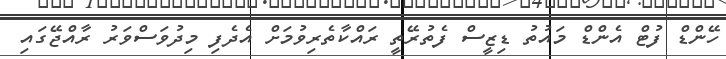
ހޭންޑް ފުޓް އެންޑް މައުތު ޑިޒީސް ފެތުރޭތީ ރައްކާތެރިވުމަށް އެދެފި މިދުވަސްވަރު ރާއްޖޭގައި